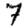
Digit: 7